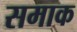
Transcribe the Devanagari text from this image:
समाक